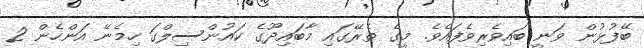
ބޭފުޅުން ވަނީ ބައިވެރިވެފައެވެ. މީގެ ތެރޭގައި މާބައިދޫގެ ކައުންސިލްގަ ހިމެނޭ އަންހެން 2